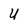
Character: U